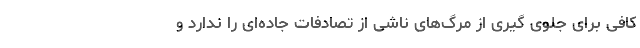
کافی برای جلو‌ی گیری از مرگ‌های ناشی از تصادفات جاده‌ای را ندارد و